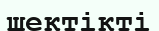
шектікті